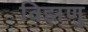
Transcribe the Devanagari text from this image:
विझणु